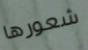
شعورها